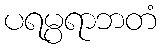
ပရမ္ပရာဘတံ